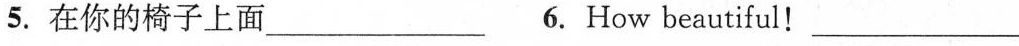
5.在你的椅子上面___ 6.How beautiful! ___